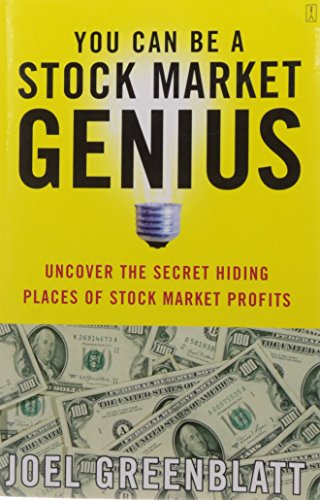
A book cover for You Can Be a Stock Market Genius: Uncover the Secret Hiding Places of Stock Market Profits; Joel Greenblatt; Business & Money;